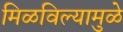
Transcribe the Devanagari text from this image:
मिळविल्यामुळे